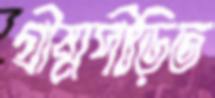
গ্রীষ্মপীড়িত